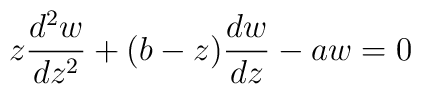
z\frac{d^{2}w}{dz^{2}}+(b-z)\frac{dw}{dz}-aw=0